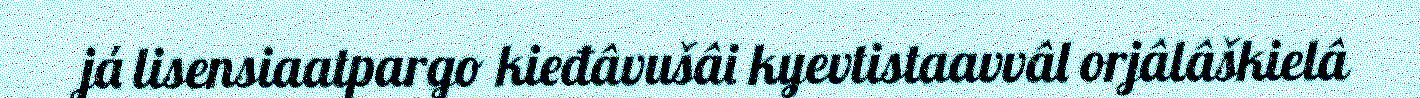
já lisensiaatpargo kieđâvušâi kyevtistaavvâl orjâlâškielâ